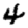
Digit: 4